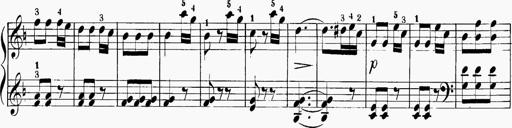
Title: 6 Sonatinas
Composer: Carl Reinecke